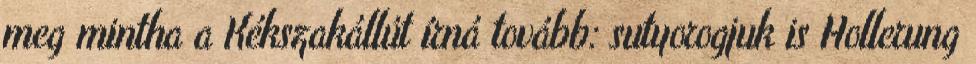
meg mintha a Kékszakállút írná tovább: sutyorogjuk is Hollerung